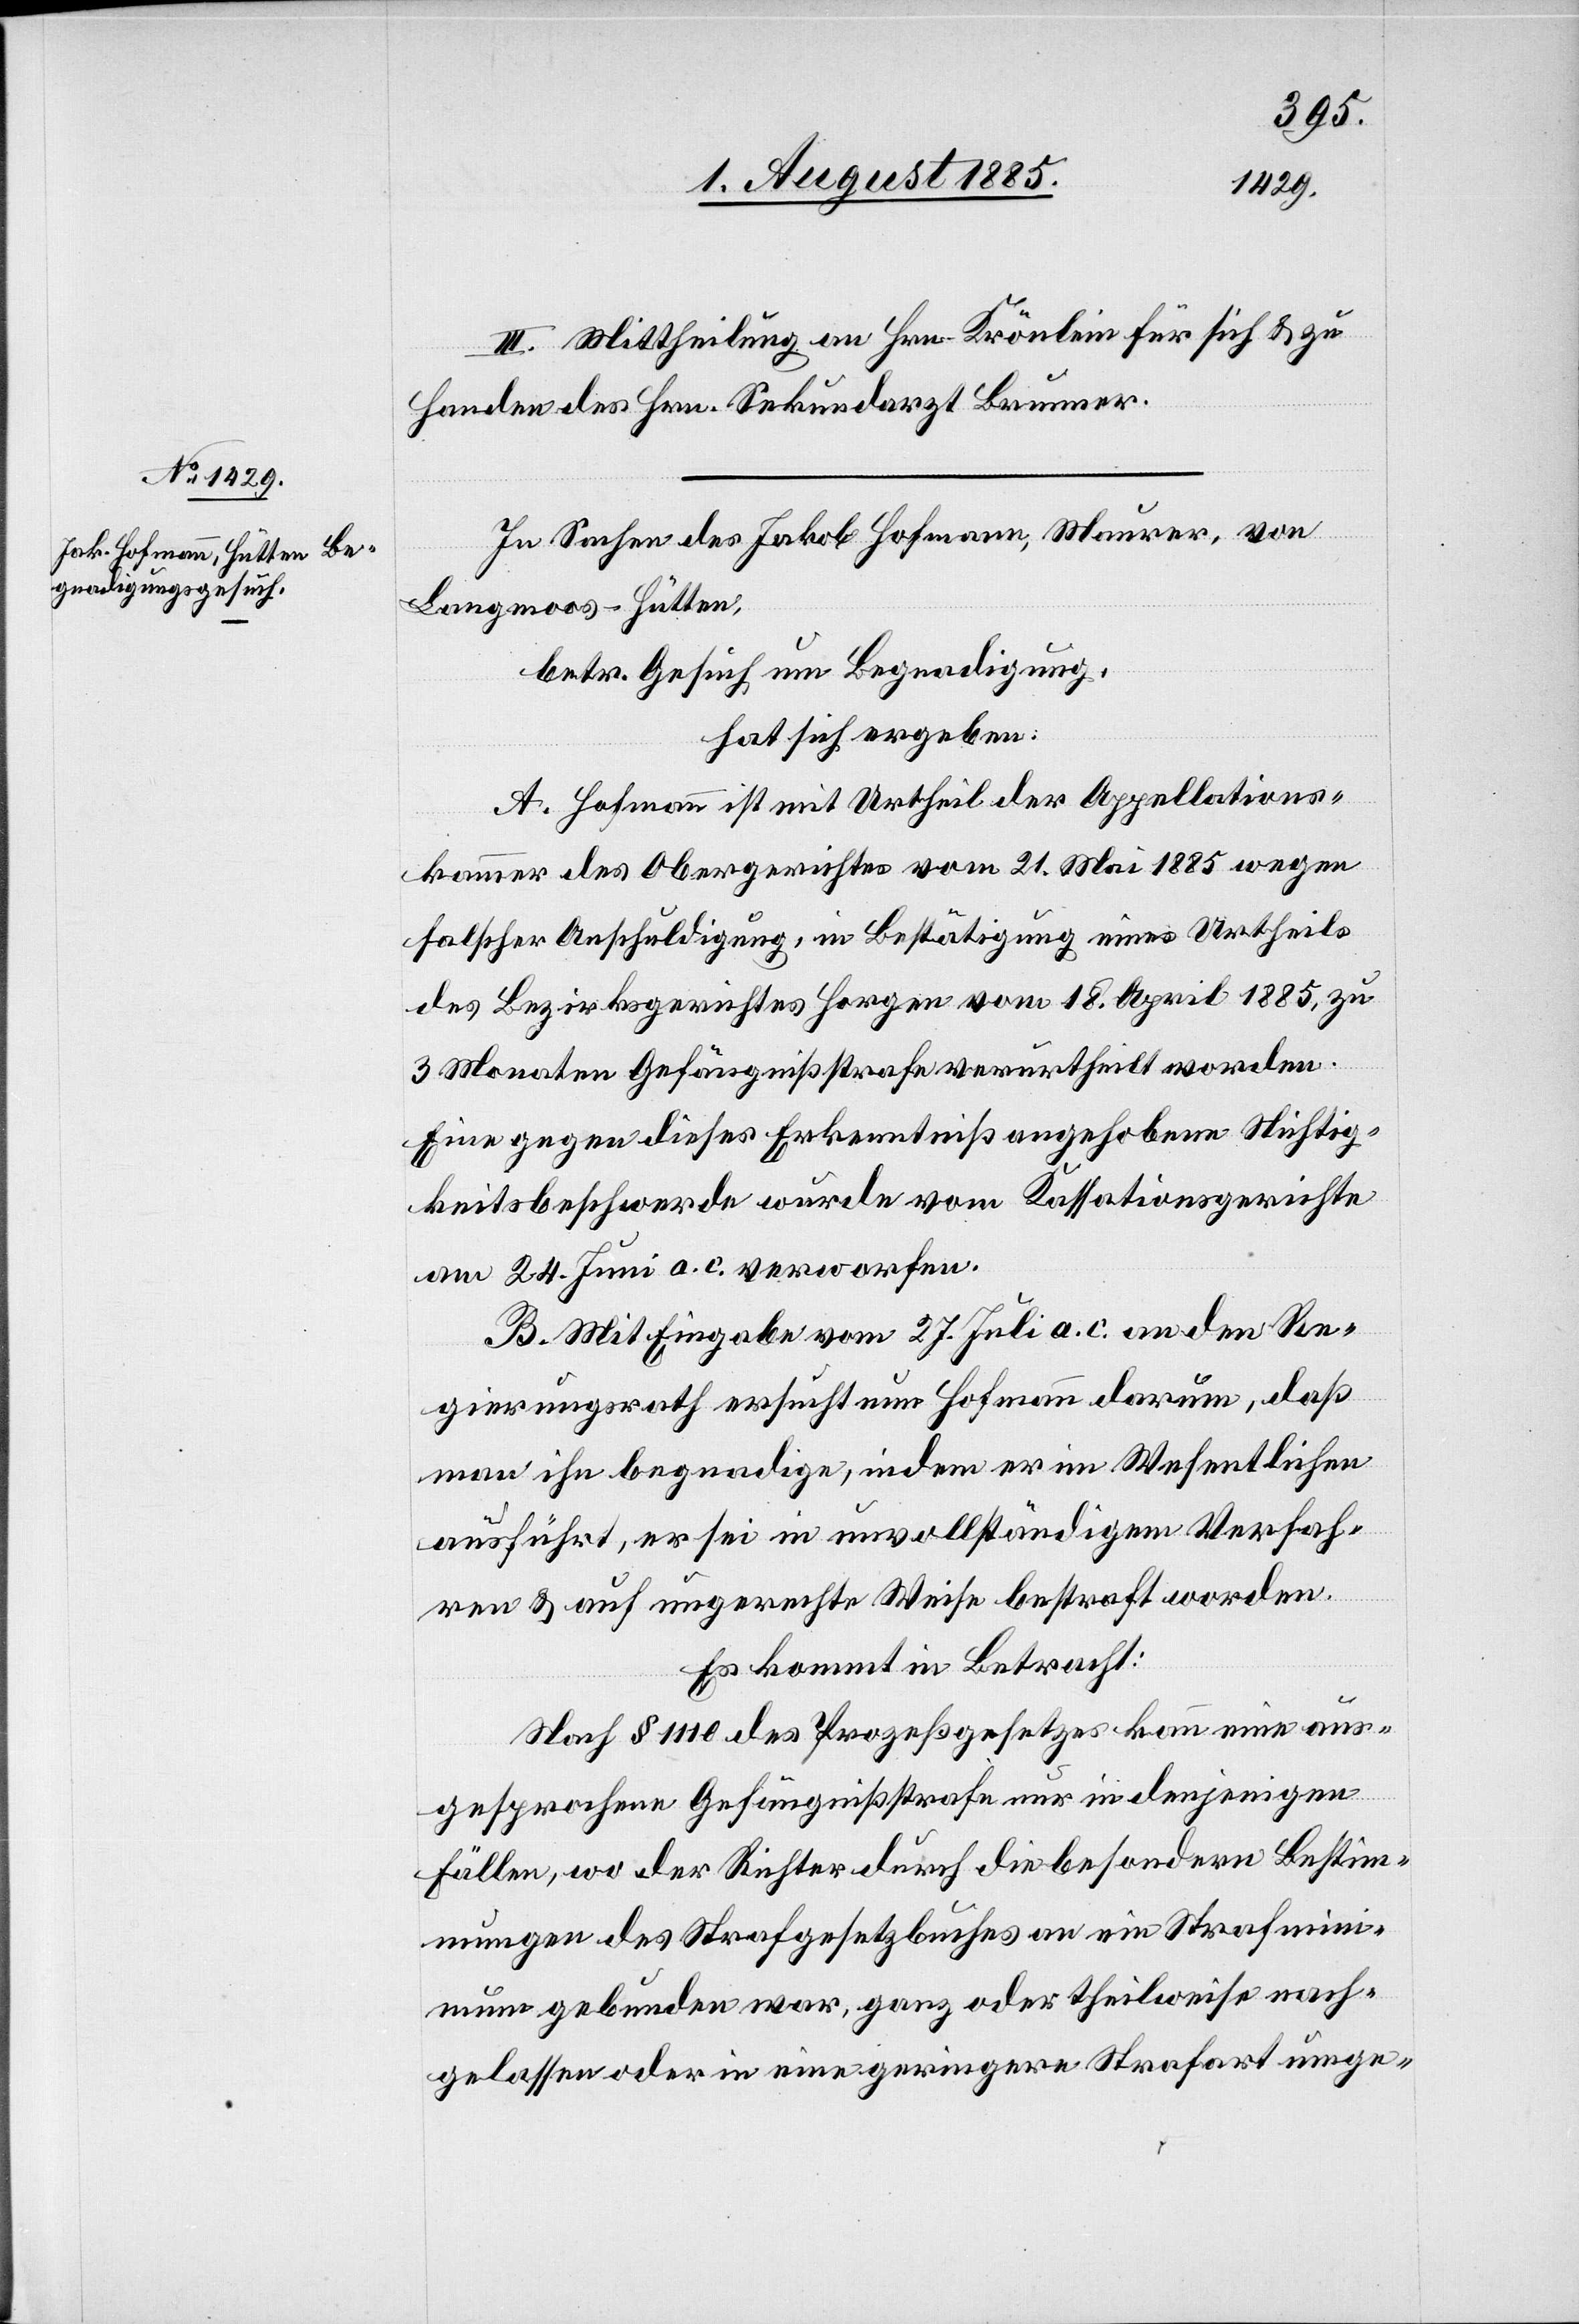
III. Mittheilung an Hrn. Krönlein für sich & zu
Handen des Hrn. Sekundararzt Brunner.
In Sachen des Jakob Hofmann, Maurer, von
Langenmoos - Hütten,
betr. Gesuch um Begnadigung,
hat sich ergeben:
A. Hofmann ist mit Urtheil der Appellations¬
kammer des Obergerichtes vom 21. Mai 1885 wegen
falscher Anschuldigung, in Bestätigung eines Urtheils
des Bezirksgerichtes Horgen vom 18. April. 1885 zu
3 Monaten Gefängnißstrafe verurtheilt worden.
Eine gegen dieses Erkenntniß angehobene Nichtig¬
keitsbeschwerde wurde vom Kassationsgerichte
am 24. Juni a. c. verworfen.
B. Mit Eingabe vom 27. Juli a. c. an den Re¬
gierungsrath ersucht nun Hofmann darum, daß
man ihn begnadige, indem er im Wesentlichen
ausführt, er sei in unvollständigem Verfah¬
ren & auf ungerechte Weise bestraft worden.
Es kommt in Betracht:
Nach § 1110 des Prozeßgesetzes kann eine aus¬
gesprochene Gefängnißstrafe nur in denjenigen
Fällen, wo der Richter durch die besondern Bestim¬
mungen des Strafgesetzbuches an ein Strafmin¬
imum gebunden war, ganz oder theilweise nach¬
gelassen oder in eine geringere Strafart umge-